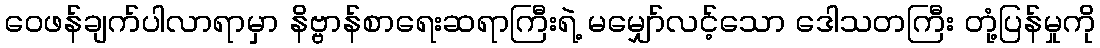
ဝေဖန်ချက်ပါလာရာမှာ နိဗ္ဗာန်စာရေးဆရာကြီးရဲ့ မမျှော်လင့်သော ဒေါသတကြီး တုံ့ပြန်မှုကို